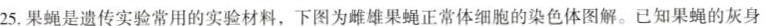
25.果蝇是遗传实验常用的实验材料，下图为雌雄果蝇正常体细胞的染色体图解。已知果蝇的灰身